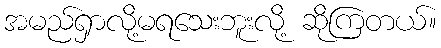
အမည်ရှာလို့မရသေးဘူးလို့ ဆိုကြတယ်။